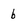
Character: b